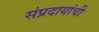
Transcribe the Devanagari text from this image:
संप्रदायांची